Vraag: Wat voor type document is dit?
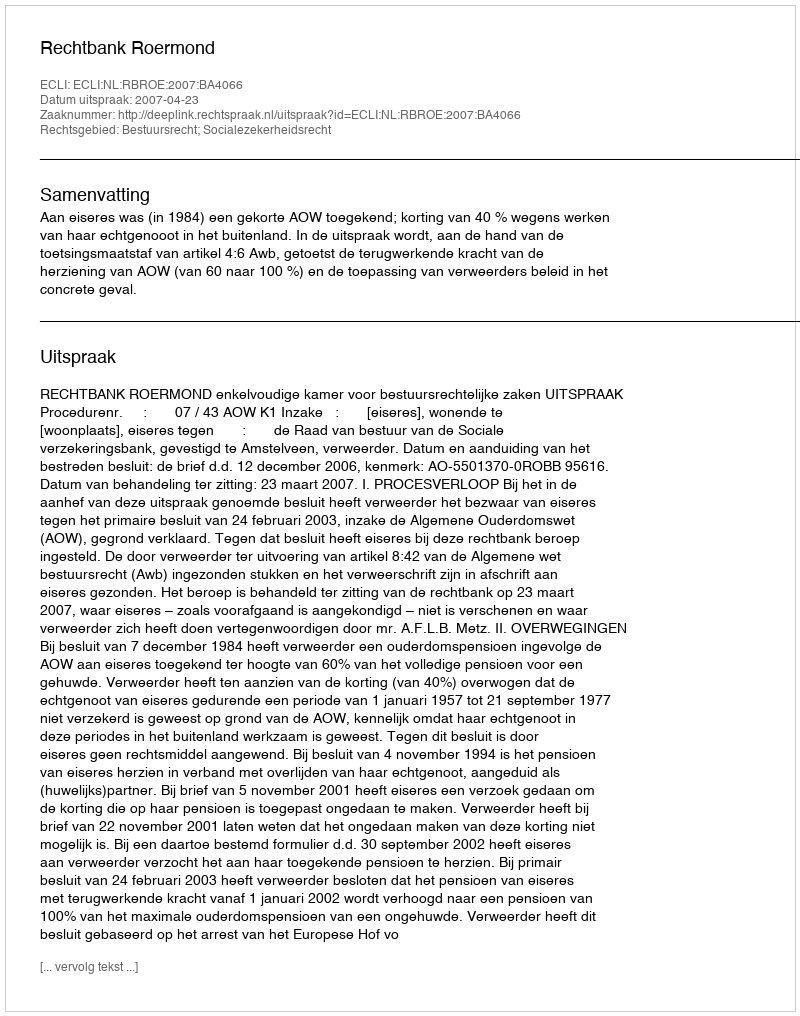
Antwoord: Uitspraak